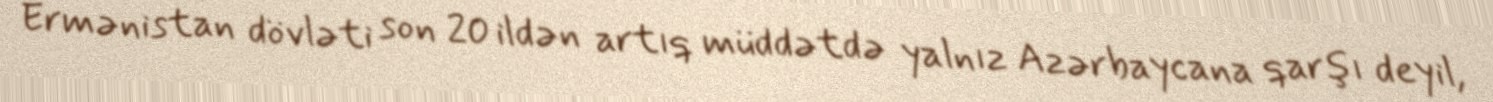
Ermənistan dövləti son 20 ildən artıq müddətdə yalnız Azərbaycana qarşı deyil,